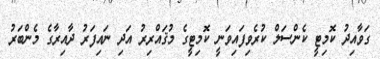
ގަވާއިދު ކޮމިޓީ ކެންސަލް ކުރެވިފައިވަނީ ކޮމިޓީގެ މުޤައްރިރު އަދި ނައިފަރު ދާއިރާގެ މެންބަރު